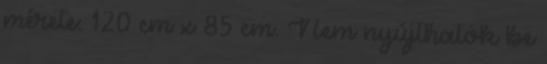
mérete: 120 cm x 85 cm. Nem nyújthatók be